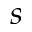
s